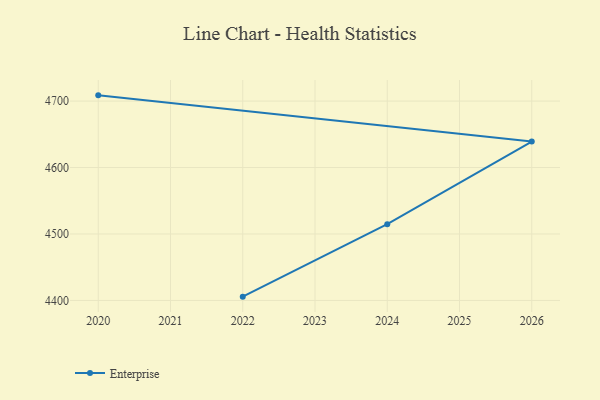
{"axis": {"x": "Year", "y": "Temperature (°C)"}, "legend": ["Enterprise"], "data": [{"x": "2020", "y": 4708.6, "type": "Enterprise"}, {"x": "2026", "y": 4639.0, "type": "Enterprise"}, {"x": "2024", "y": 4514.7, "type": "Enterprise"}, {"x": "2022", "y": 4405.7, "type": "Enterprise"}]}